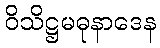
ဝိသိဋ္ဌမဓုနာဒေန